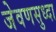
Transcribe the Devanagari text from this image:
जेवणसुध्दा